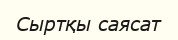
Сыртқы саясат